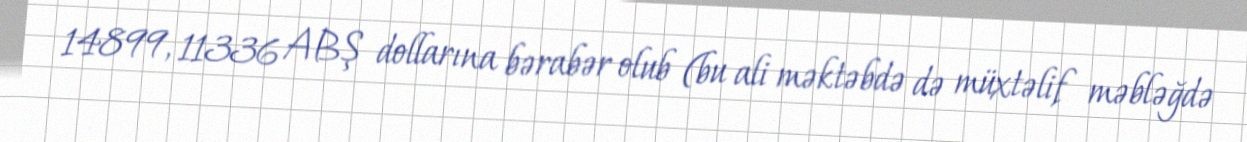
14899, 11336 ABŞ dollarına bərabər olub (bu ali məktəbdə də müxtəlif məbləğdə